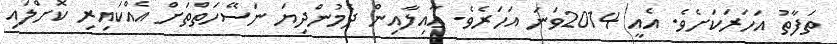
ތަފާތު އަހަރަކަށެވެ. އެއީ 2014ވަނަ އަހަރެވެ. ޢާއިލާއިން ދެމުންދިޔަ ނަސޭހަތްތަށް އެއްކައިރި ކޮށްލައި